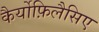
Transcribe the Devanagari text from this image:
कैर्योफ़िलैसिए